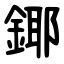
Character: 鎁